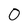
Character: 0